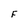
Character: F